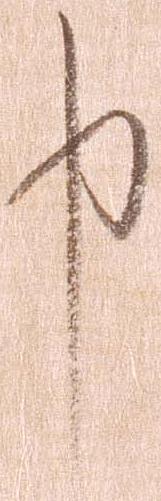
申